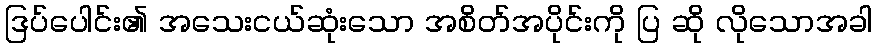
ဒြပ်ပေါင်း၏ အသေးငယ်ဆုံးသော အစိတ်အပိုင်းကို ပြ ဆို လိုသောအခါ